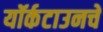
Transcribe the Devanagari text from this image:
यॉर्कटाउनचे